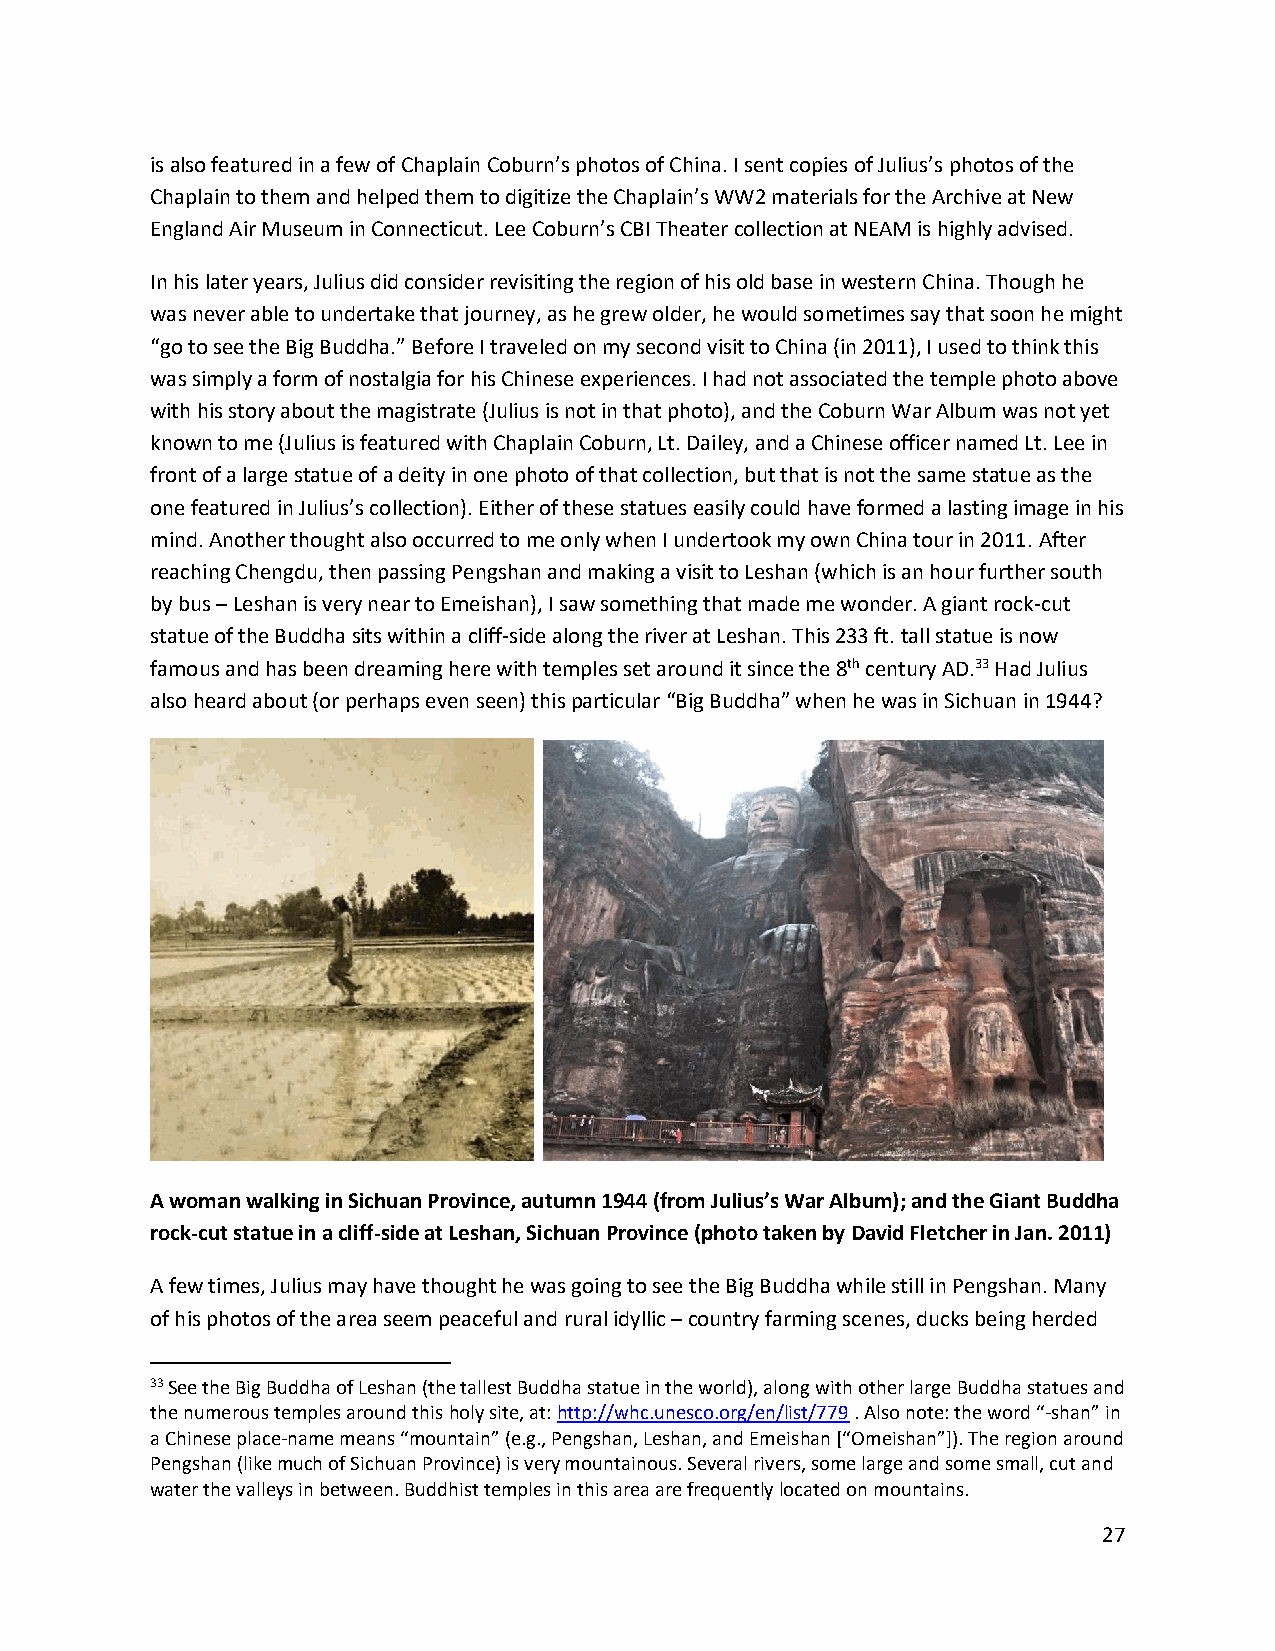
is also featured in a few of Chaplain Coburn’s photos of China. I sent copies of Julius’s photos of the
 Chaplain to them and helped them to digitize the Chaplain’s WW2 materials for the Archive at New
 England Air Museum in Connecticut. Lee Coburn’s CBI Theater collection at NEAM is highly advised.
 In his later years, Julius did consider revisiting the region of his old base in western China. Though he
 was never able to undertake that journey, as he grew older, he would sometimes say that soon he might
 “go to see the Big Buddha.” Before I traveled on my second visit to China (in 2011), I used to think this
 was simply a form of nostalgia for his Chinese experiences. I had not associated the temple photo above
 with his story about the magistrate (Julius is not in that photo), and the Coburn War Album was not yet
 known to me (Julius is featured with Chaplain Coburn, Lt. Dailey, and a Chinese officer named Lt. Lee in
 front of a large statue of a deity in one photo of that collection, but that is not the same statue as the
 one featured in Julius’s collection). Either of these statues easily could have formed a lasting image in his
 mind. Another thought also occurred to me only when I undertook my own China tour in 2011. After
 reaching Chengdu, then passing Pengshan and making a visit to Leshan (which is an hour further south
 by bus – Leshan is very near to Emeishan), I saw something that made me wonder. A giant rock-cut
 statue of the Buddha sits within a cliff-side along the river at Leshan. This 233 ft. tall statue is now
 famous and has been dreaming here with temples set around it since the 8th century AD.33 Had Julius
 also heard about (or perhaps even seen) this particular “Big Buddha” when he was in Sichuan in 1944?
 A woman walking in Sichuan Province, autumn 1944 (from Julius’s War Album); and the Giant Buddha
 rock-cut statue in a cliff-side at Leshan, Sichuan Province (photo taken by David Fletcher in Jan. 2011)
 A few times, Julius may have thought he was going to see the Big Buddha while still in Pengshan. Many
 of his photos of the area seem peaceful and rural idyllic – country farming scenes, ducks being herded
 33 See the Big Buddha of Leshan (the tallest Buddha statue in the world), along with other large Buddha statues and
 the numerous temples around this holy site, at: http://whc.unesco.org/en/list/779 . Also note: the word “-shan” in
 a Chinese place-name means “mountain” (e.g., Pengshan, Leshan, and Emeishan [“Omeishan”]). The region around
 Pengshan (like much of Sichuan Province) is very mountainous. Several rivers, some large and some small, cut and
 water the valleys in between. Buddhist temples in this area are frequently located on mountains.
 27